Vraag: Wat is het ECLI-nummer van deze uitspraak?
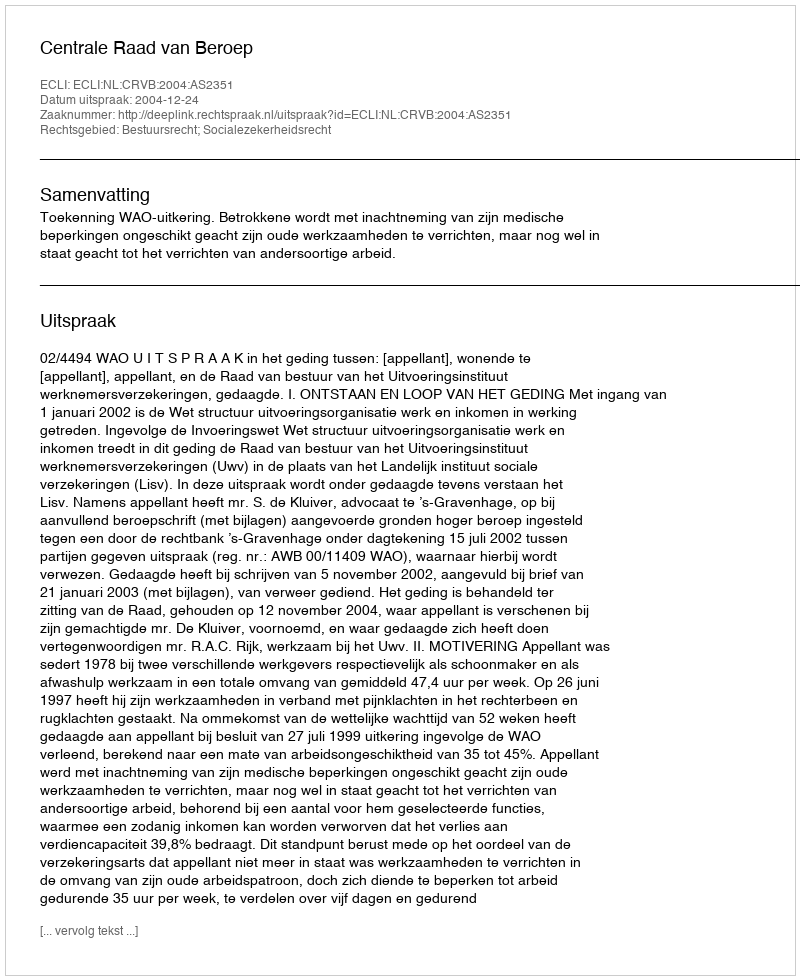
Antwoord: ECLI:NL:CRVB:2004:AS2351